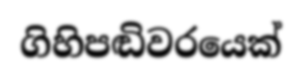
ගිහිපඬිවරයෙක්